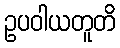
ဥပဝါယတူတိ